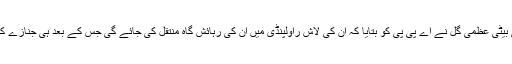
حمید گل کی بیٹی عظمیٰ گل نے اے پی پی کو بتایا کہ ان کی لاش راولپنڈی میں ان کی رہائش گاہ منتقل کی جائے گی جس کے بعد ہی جنازے کا اعلان ہوگا۔